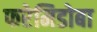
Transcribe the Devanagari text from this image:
फरेमिडोबा